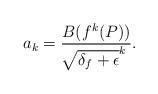
LaTeX: \begin{align*}a_{k}=\frac{B(f^{k}(P))}{\sqrt[]{\delta_{f}+\epsilon}^{k}}.\end{align*}